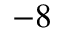
^ { - 8 }